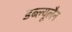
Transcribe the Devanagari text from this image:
डब्ल्यूलैन